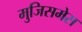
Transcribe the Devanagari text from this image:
मुजिसमेस